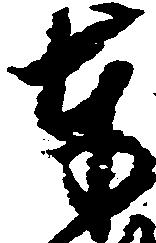
奉